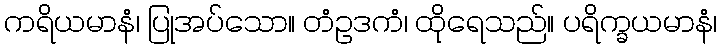
ကရိယမာနံ၊ ပြုအပ်သော။ တံဥဒကံ၊ ထိုရေသည်။ ပရိက္ခယမာနံ၊